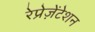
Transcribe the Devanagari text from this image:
रेप्रेज़ेंटेशन